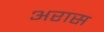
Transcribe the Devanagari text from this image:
अरास